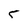
Character: 5